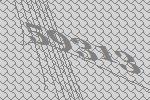
59313